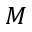
M